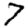
Digit: 7